Sanitation, dispensaries and jails vaccination Rajputana 1922-1927 - 1922-1927
Year: 1922
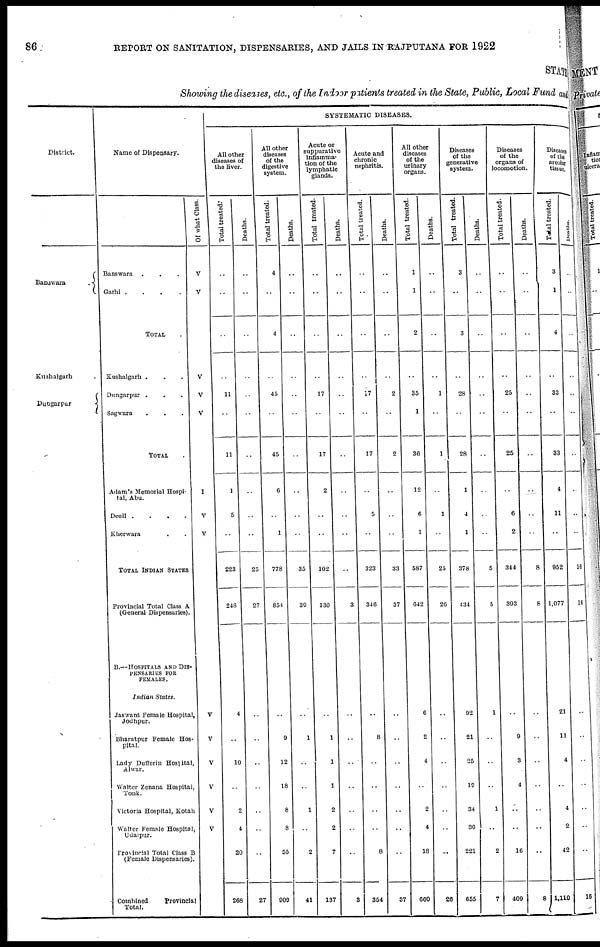
86
REPORT ON SANITATION, DISPENSARIES, AND JAILS IN RAJPUTANA FOR 1922
STATE
Showing the diseases, etc., of the Indoor patients treated in the State, Public, Local Fund and
District.
Banswara
.
Kushalgarh .
Dungarpur
Name of Dispensary.
Banswara ...
Garhi
.
.
.
.
TOTAL .
Kushalgarh ...
Dungarpur ...
Sagwara ...
TOTAL .
Adam's Memorial Hospi-
tal, Abu.
Deoli
.
.
.
.
Kherwara
..
TOTAL INDIAN STATES
Provincial Total Class A
(General Dispensaries).
B.—HOSPITALS AND DIS-
--------- FOR
FEMALES.
Indian States.
Jaswant Female Hospital,
Jodhpur.
Bharatpur Female Hos-
pital.
Lady Dufferin Hospital,
Alwar.
Walter Zenana Hospital,
Tonk.
Victoria Hospital, Kotah
Walter Female Hospital,
Udaipur.
Provincial Total Class B
(Female Dispensaries).
Combined
Provincial
Total.
Of what Class.
V
V
V
V
V
I
V
V
V
V
V
V
V
V
SYSTEMATIC DISEASES.
All other
diseases of
the liver.
Total treated.
..
..
..
..
11
..
11
1
5
..
223
248
4
..
10
..
2
4
20
268
Deaths.
..
..
..
..
..
..
..
..
..
..
25
27
..
..
..
..
..
..
..
27
All other
diseases
of the
digestive
system.
Total treated.
4
..
4
..
45
..
45
6
..
1
778
854
..
9
12
18
8
8
55
909
Deaths.
..
..
..
..
..
..
..
..
..
..
35
39
..
1
..
..
1
..
2
41
Acute or
suppurative
inflamma-
tion of the
lymphatic
glands.
Total treated.
..
..
..
..
17
..
17
2
..
..
102
130
..
1
1
1
2
2
7
137
Deaths.
..
..
..
..
..
..
..
..
..
..
..
3
..
..
..
..
..
..
..
3
Acute and
chronic
nephritis.
Total treated.
..
..
..
..
47
..
17
..
5
..
323
346
..
8
..
..
..
..
8
354
Deaths.
..
..
..
..
2
..
2
..
..
..
33
37
..
..
..
..
..
..
..
37
All other
diseases
of the
urinary
organs.
Total treated.
1
1
2
..
35
1
36
12
6
1
587
642
6
2
4
..
2
4
18
660
Deaths.
..
..
..
..
1
..
1
..
1
..
25
26
..
..
..
..
..
..
..
26
Diseases
of the
generative
system.
Total treated.
3
..
3
..
28
..
28
1
4
1
378
434
92
21
25
19
34
30
221
655
Deaths.
..
..
..
..
..
..
..
..
..
..
5
5
1
..
..
..
1
..
2
7
Diseases
of the
organs of
locomotion.
Total treated.
..
..
..
..
25
..
25
..
6
2
344
393
..
9
3
4
..
..
16
409
Deaths.
..
..
..
..
..
..
..
..
..
..
8
8
..
..
..
..
..
..
..
8
Diseases
of the
areolar
tissue.
Total treated.
3
1
4
..
33
..
33
4
11
..
952
1,077
21
11
4
..
4
2
42
1,110
Deaths.
..
..
..
..
..
..
..
..
..
..
16
16
..
..
..
..
..
..
..
16